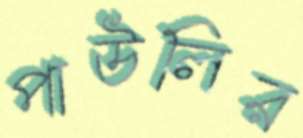
পাউলির